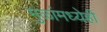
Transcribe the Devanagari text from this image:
मुळांमध्येही